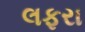
લફરા